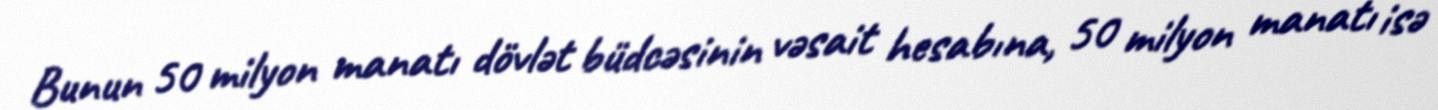
Bunun 50 milyon manatı dövlət büdcəsinin vəsait hesabına, 50 milyon manatı isə